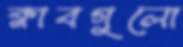
ক্লাবগুলো